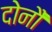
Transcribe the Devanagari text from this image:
दोनौं